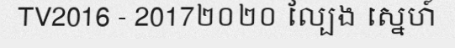
TV2016 - 2017២០២០ ល្បែង ស្នេហ៍